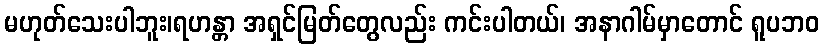
မဟုတ်သေးပါဘူး၊ရဟန္တာ အရှင်မြတ်တွေလည်း ကင်းပါတယ်၊ အနာဂါမ်မှာတောင် ရူပဘဝ